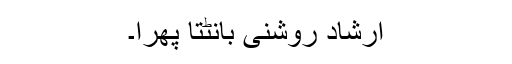
ارشاد روشنی بانٹتا پھرا۔